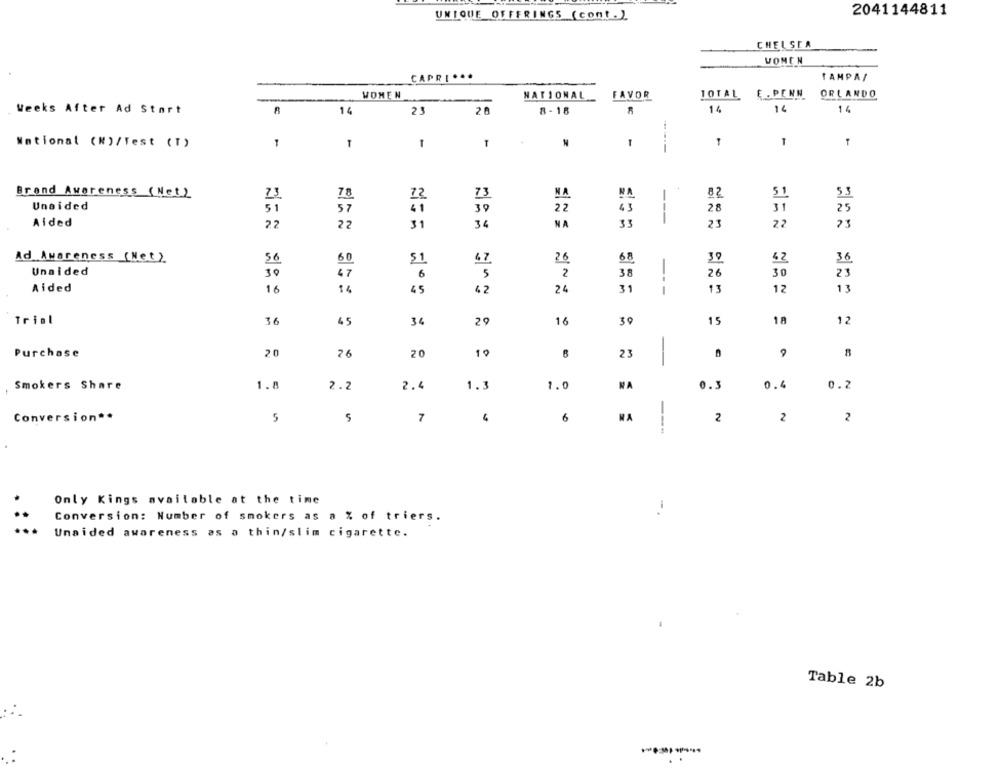
UNIQUE OFFERINGS (cont. )
2041144811
CHELSEA
VOMEN
CAPRI ...
TAMPA/
WOMEN
NATIONAL
FAVOR
TOTAL E. PENN
ORLANDO
14
1 0
Weeks After Ad Stort
14
21
8-18
14
National (W)/Test (T)
1
T
N
-
1
Brand Awareness (Net)
NA
82
73
78
72
73
51
53
Unaided
51
57
41
39
22
43
28
25
Aided
22
22
34
NA
33
---
23
22
73
31
Ad Awareness (Net )
56
60
$1
47
26
68
39
42
Unaided
30
47
6
5
2
38
26
30
Aided
16
14
45
42
24
31
---
13
12
13
Trial
36
45
36
29
16
39
15
18
12
Purchase
20
26
20
19
23
9
NA
0.3
0.4
Smokers Share
1.8
2.2
2.4
1.3
1.0
0.2
Conversion **
5
5
7
6
NA
2
2
2
----
Only Kings available at the time
Conversion: Number of smokers as a % of triers.
Unaided awareness as a thin/slim cigarette.
Table 2b
. .